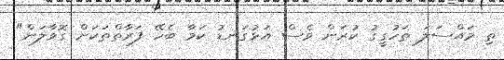
ތި މައްސަލަ ތަހުގީގު ކުރަން ވެސް އަޅުގަނޑު ކަމާ ބެހޭ ފަރާތްތަކަށް ގޮވާލަން"